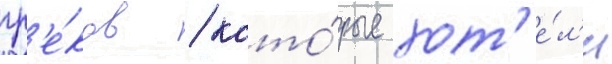
гр'е́ков / кото́рые хот'е́л'и